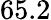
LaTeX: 65.2